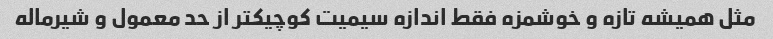
مثل همیشه تازه و خوشمزه فقط اندازه سیمیت کوچیکتر از حد معمول و شیرماله